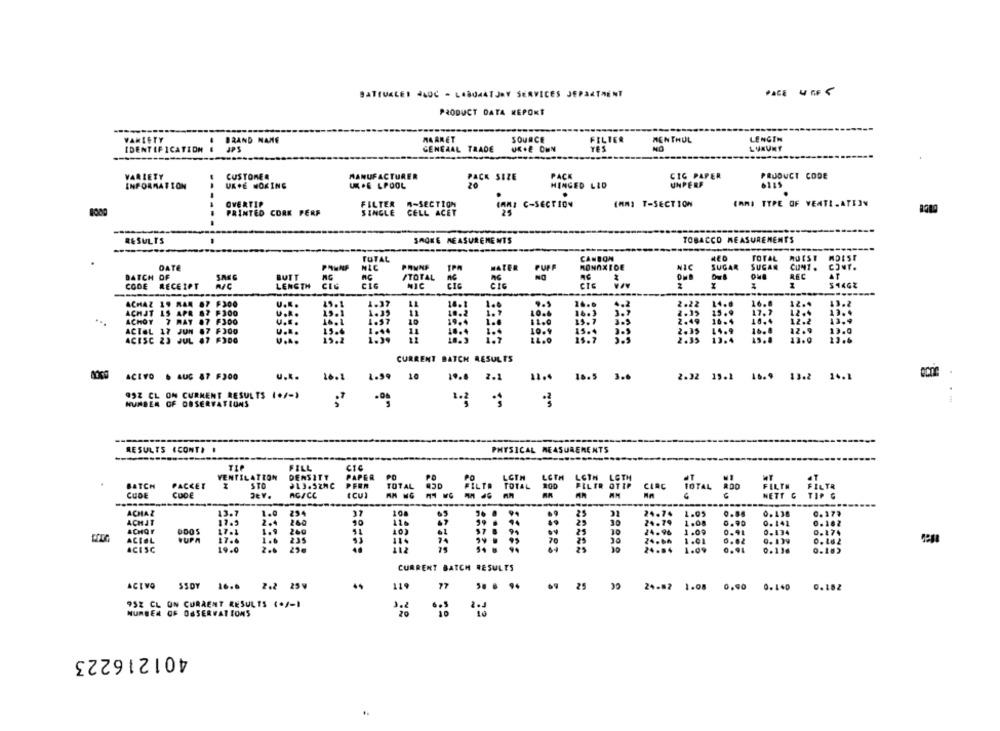
BATTUALE JADC - LABORATORY SERVICES JEPAKTRENT
PACE UFF 5
PRODUCT DATA REPORT
MAARET
SOURCE
FILIER
MENTHOL
LENGTH
VARIETY
IDENTIFICATION &
BRAND NAME
TES
NO
GENERAL TRADE
UK .E OMN
VARIETY
CUSTOMER
MANUFACTURER
PACK
CIG PAPER
PRODUCT CODE
PACK SIZE
INFORMATION
UK.E WOKING
U.E LPOOL
HINGED LID
UNPERF
6119
.
OVERTIP
FILTER
(AMI C-SECTION
EMMI T-SECTION
IAM) TYPE OF VENTILATION
PRINTED CORK PERF
SINGLE
CELL ACET
25
RESULTS
SAGKE MEASUREMENTS
TOBACCO MEASUREMENTS
MED
TOTAL
MOISE
TOTAL
CANBON
DATE
NIC
PRUNE
HATER
MONOXIDE
SUGAR
SUGAR
COMT.
BATCH OF
SAKE
BUTT
PUPP
REC
CODE
RECEIPT
LENGTH
CIG
ITOTAL
NIC
CIC
ACHAZ 19 MAR 87 F300
U ...
45.1
1.37
18.1
1 ...
2.22
14.8
16.8
ACHJT 15 APR
87 F300
U.R.
15.1
10.2
12.4
...
ACHOY
U ...
ACTOL 17 JUN 87 F300
U ...
15.6
11
is .
ACESC 23 JUL 67 F300
U ...
15.2
11.0
15.7
CURRENT BATCH RESULTS
ACETO 6 AUG 87 F300
U.K.
16.1
10.0 2.1
11.4
18.5
3.6
2.32 19.2 16.9 13.2 24.1
992 CL OM CURMENT RESULTS (+/-)
NUMBER OF OBSERVATIONS
RESULTS (CONT) .
PHYSICAL MEASUREMENTS
FILL
VENTILATION
DENSITT
LCTH
BATCH
PACKET
STC
TOTAL 90 FILTR TOTAL
FILTR OTIP
CIRC
FILTH FILTR
CUDE
CODE
AGACC
(CU)
TOTAL ROD
NETT & TIP G
----
ACHAZ
13.7
1.0
254
10
40
69
25
21
1.05
0.173
ACHAT
17.3
2.4
260
25
30
1.00
0.182
ACHQY
17.1
260
0.174
ACIAL
YUPA
17.6
1.6
235
70
25
ACESC
19.0
2.6
25
25
30
30
:01
CURRENT BATCH RESULTS
ACTVO
2.2 25 W
77
25
SSOY 16.6
119
24.82
1.08
0.90 0.140
0.182
952 CL ON CURRENT RESULTS (+/-1
NUMBER OF OBSERVATIONS
401216223
..